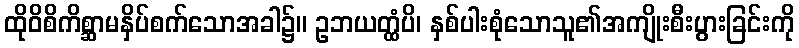
ထိုဝိစိကိစ္ဆာမနှိပ်စက်သောအခါ၌။ ဥဘယတ္ထံပိ၊ နှစ်ပါးစုံသောသူ၏အကျိုးစီးပွားခြင်းကို